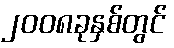
၂၀၀၈ခုနှစ်တွင်